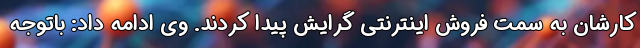
کارشان به سمت فروش اینترنتی گرایش پیدا کردند. وی ادامه داد: باتوجه